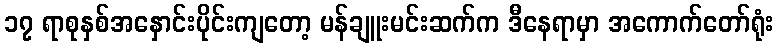
၁၇ ရာစုနှစ်အနှောင်းပိုင်းကျတော့ မန်ချူးမင်းဆက်က ဒီနေရာမှာ အကောက်တော်ရုံး